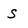
Character: S